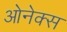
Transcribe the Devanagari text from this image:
ओनेक्स